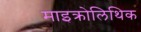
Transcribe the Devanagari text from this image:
माइक्रोलिथिक